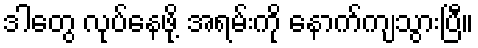
ဒါတွေ လုပ်နေဖို့ အရမ်းကို နောက်ကျသွားပြီ။